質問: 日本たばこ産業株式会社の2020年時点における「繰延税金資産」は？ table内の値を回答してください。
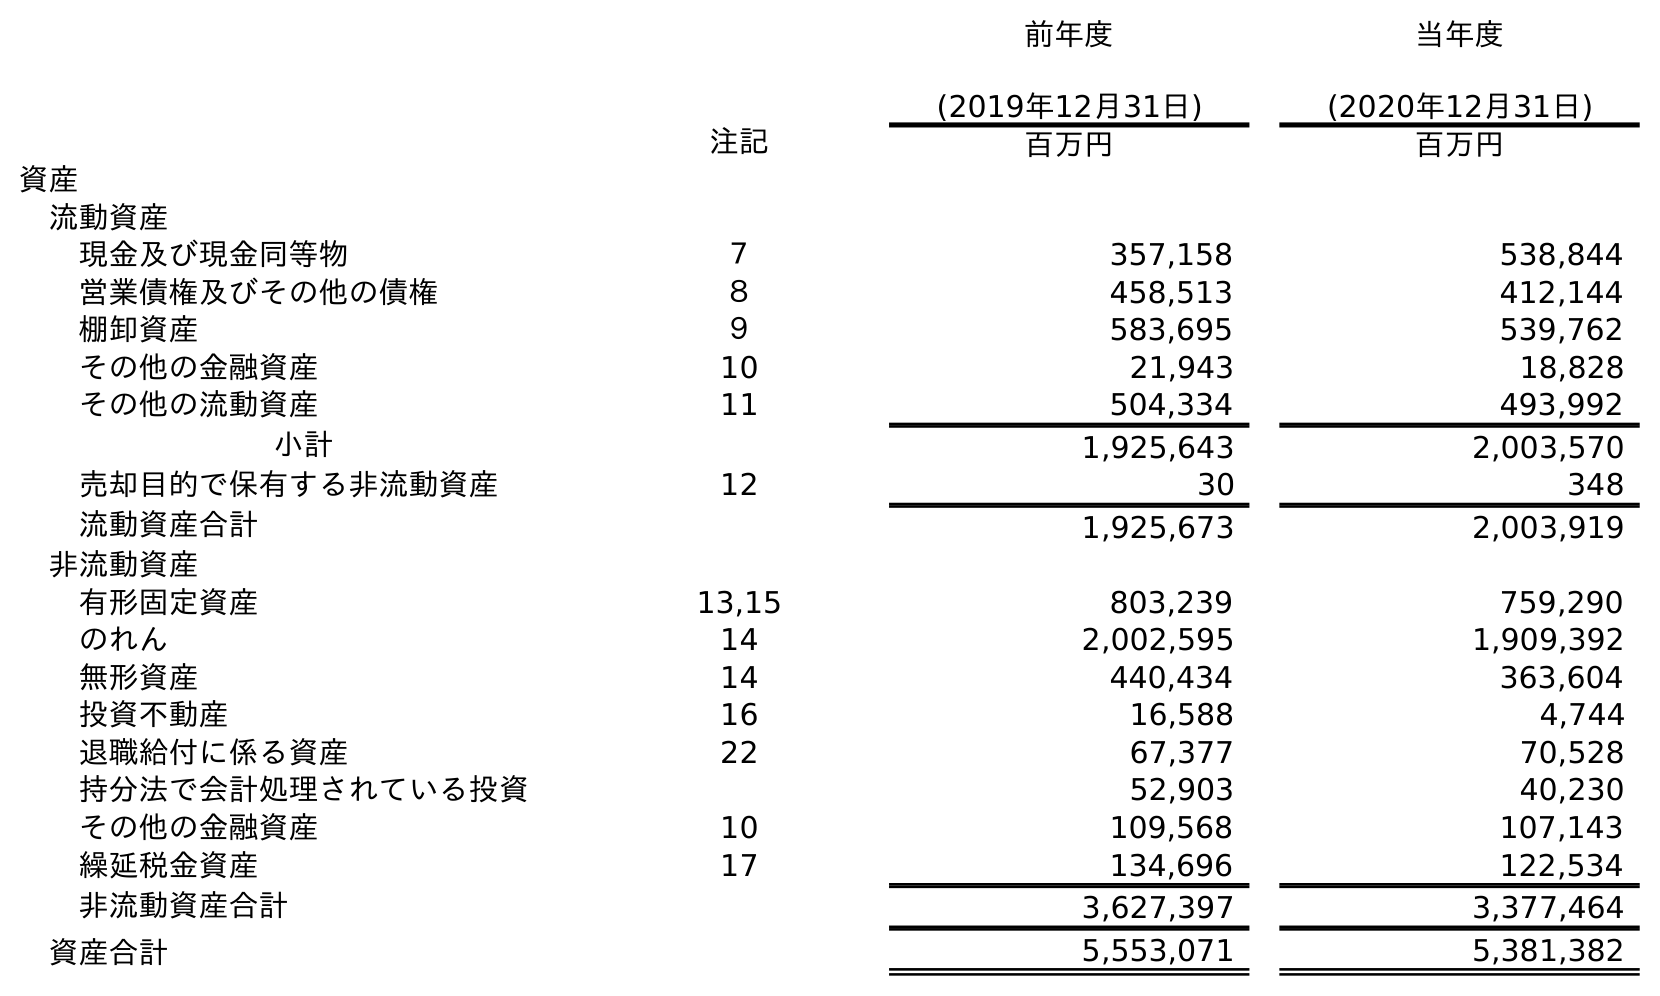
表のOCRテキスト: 前年度 (2019年12月31日) 当年度 (2020年12月31日) 注記 百万円 百万円 資産 流動資産 現金及び現金同等物 ７ 357,158 538,844 営業債権及びその他の債権 ８ 458,513 412,144 棚卸資産 ９ 583,695 539,762 その他の金融資産 10 21,943 18,828 その他の流動資産 11 504,334 493,992 小計 1,925,643 2,003,570 売却目的で保有する非流動資産 12 30 348 流動資産合計 1,925,673 2,003,919 非流動資産 有形固定資産 13,15 803,239 759,290 のれん 14 2,002,595 1,909,392 無形資産 14 440,434 363,604 投資不動産 16 16,588 4,744 退職給付に係る資産 22 67,377 70,528 持分法で会計処理されている投資 52,903 40,230 その他の金融資産 10 109,568 107,143 繰延税金資産 17 134,696 122,534 非流動資産合計 3,627,397 3,377,464 資産合計 5,553,071 5,381,382
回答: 122,534